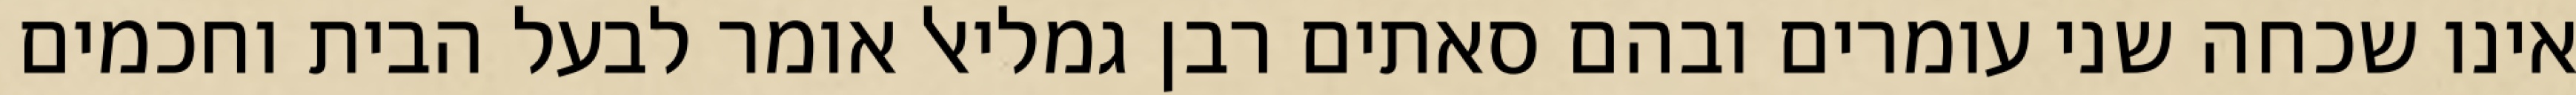
אינו שכחה שני עומרים ובהם סאתים רבן גמליאל אומר לבעל הבית וחכמים